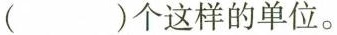
( )个这样的单位。